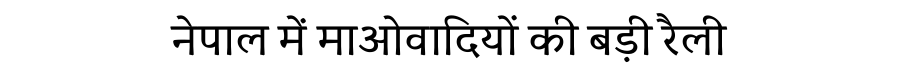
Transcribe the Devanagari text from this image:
नेपाल में माओवादियों की बड़ी रैली